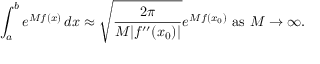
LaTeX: \int _ { a } ^ { b } e ^ { M f ( x ) } \, d x \approx { \sqrt { \frac { 2 \pi } { M | f ^ { \prime \prime } ( x _ { 0 } ) | } } } e ^ { M f ( x _ { 0 } ) } { \mathrm { ~ a s ~ } } M \to \infty .